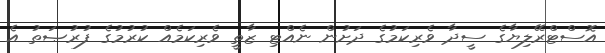
އޮސްޓްރޭލިޔާގެ ސީދާ ވެރިކަމުގެ ދަށުން ނެއްޓި ޒާތީ ވެރިކަމެއް ކުރުމުގެ ފުރުޞަތު އެ